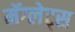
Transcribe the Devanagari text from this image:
मॅग्लेट्स